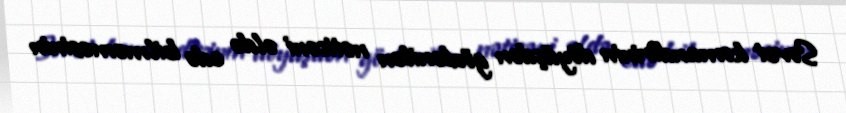
Sovet komandirinin döyüşdən gözlənilən nəticəni əldə edə bilməməsinin